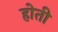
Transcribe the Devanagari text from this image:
होती